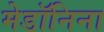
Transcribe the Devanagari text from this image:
मेडॉनिना